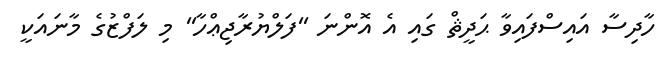
ހާދިސާ އައިސްފައިވާ ޙަދީޘް ގައި އެ އޮންނަ ''ފަލްޔުރާޖިޢްހާ'' މި ލަފްޒުގެ މާނައަކީ